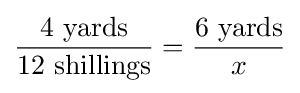
{\frac {4\ {\text{yards}}}{12\ {\text{shillings}}}}={\frac {6\ {\text{yards}}}{x}}